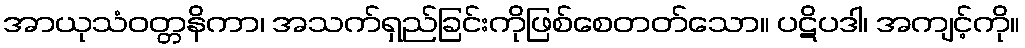
အာယုသံဝတ္တနိကာ၊ အသက်ရှည်ခြင်းကိုဖြစ်စေတတ်သော။ ပဋိပဒါ၊ အကျင့်ကို။